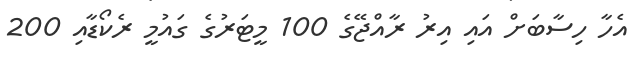
އެހާ ހިސާބަށް އައި އިރު ރާއްޖޭގެ 100 މީޓަރުގެ ގައުމީ ރެކޯޑާއި 200